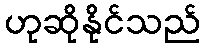
ဟုဆိုနိုင်သည်